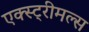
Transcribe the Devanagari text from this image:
एक्स्ट्रीमल्स